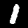
Digit: 1